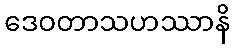
ဒေဝတာသဟဿာနိ